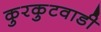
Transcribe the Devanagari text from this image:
कुरकुटवाडी